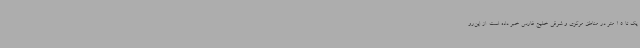
یک تا 1.5 متر در مناطق مرکزی و شرقی خلیج فارس خبر داده است. از این‌رو